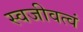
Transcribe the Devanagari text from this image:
स्वजीवत्वं